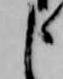
申